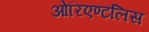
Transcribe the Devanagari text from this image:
ओरिएण्टलिस